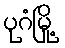
ပုဂံမြို့